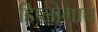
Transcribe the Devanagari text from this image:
डिप्लोमाच